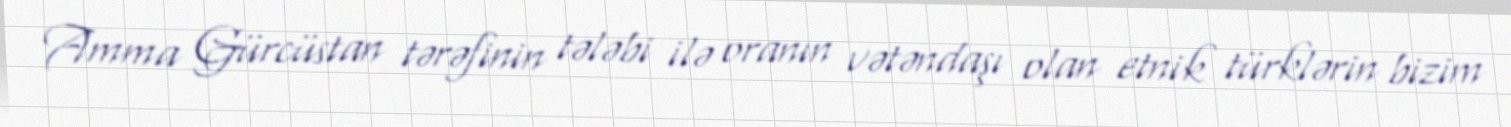
Amma Gürcüstan tərəfinin tələbi ilə oranın vətəndaşı olan etnik türklərin bizim